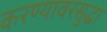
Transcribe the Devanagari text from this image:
करण्यावरसुद्धा